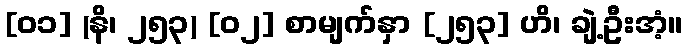
[၀၁] (နိ၊ ၂၅၃) [၀၂] စာမျက်နှာ [၂၅၃] ဟိ၊ ချဲ့ဦးအံ့။